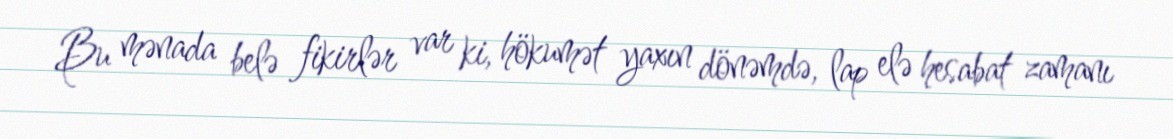
Bu mənada belə fikirlər var ki, hökumət yaxın dönəmdə, lap elə hesabat zamanı